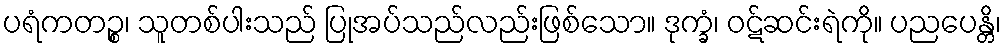
ပရံကတဉ္စ၊ သူတစ်ပါးသည် ပြုအပ်သည်လည်းဖြစ်သော။ ဒုက္ခံ၊ ဝဋ်ဆင်းရဲကို။ ပညပေန္တိ၊